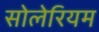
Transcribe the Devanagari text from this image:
सोलेरियम